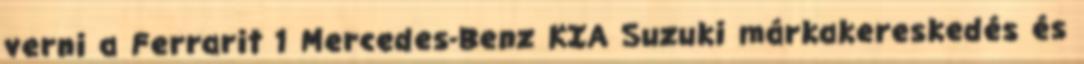
verni a Ferrarit 1 Mercedes-Benz KIA Suzuki márkakereskedés és